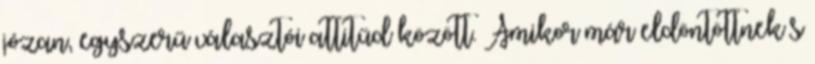
józan, egyszerű választói attitűd között. Amikor már eldöntöttnek s